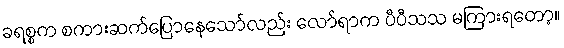
ခရစ္စက စကားဆက်ပြောနေသော်လည်း လော်ရာက ပီပီသသ မကြားရတော့။